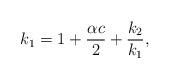
LaTeX: \begin{align*} k_{1} = 1 + \frac{\alpha c}{2}+\frac{k_{2}}{k_{1}},\end{align*}